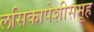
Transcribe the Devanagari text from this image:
लसिकापेशीसमूह